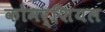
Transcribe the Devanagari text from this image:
कोमर्शियल